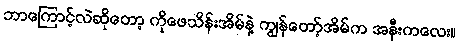
ဘာကြောင့်လဲဆိုတော့ ကိုဖေသိန်းအိမ်နဲ့ ကျွန်တော့်အိမ်က အနီးကလေး။